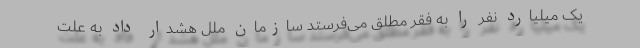
یک میلیارد نفر را به فقر مطلق می‌فرستد سازمان ملل هشدار داد به علت